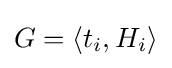
G=\langle t_{i},H_{i}\rangle